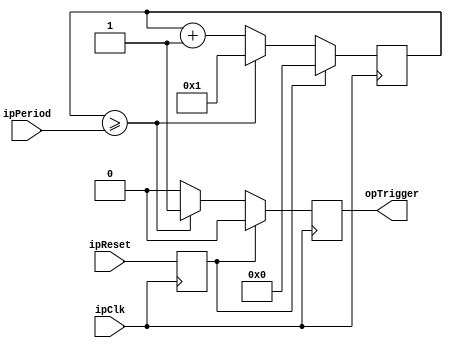
module TriggerGen(
  input        ipClk,
  input        ipReset,

  input  [31:0]ipPeriod,
  output       opTrigger
);
//------------------------------------------------------------------------------

reg       Reset;
reg [31:0]Count;

always @(posedge ipClk) begin
  Reset <= ipReset;

  if(Reset) begin
    opTrigger <= 0;
    Count     <= 0;

  end else begin
    if(Count >= ipPeriod) begin
      Count     <= 1;
      opTrigger <= 1;
    end else begin
      Count     <= Count + 1;
      opTrigger <= 0;
    end
  end
end
//------------------------------------------------------------------------------

endmodule